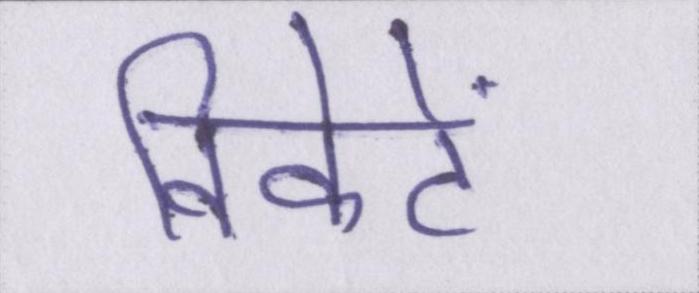
विकेटें